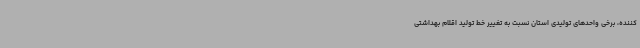
کننده، برخی واحدهای تولیدی استان نسبت به تغییر خط تولید اقلام بهداشتی